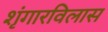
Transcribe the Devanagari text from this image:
शृंगारविलास